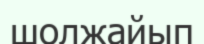
шолжайып